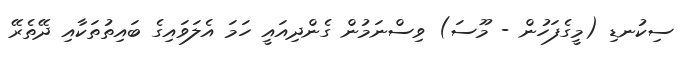
ސިކުނޑި (މީގެފަހުން - މޫސަ) ވިސްނަމުން ގެންދިއައީ ހަމަ އެލަވައިގެ ބައިތުތަކާއި ދޭތެރޭ